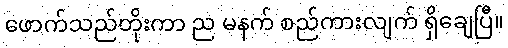
ဖောက်သည်တိုးကာ ည မနက် စည်ကားလျက် ရှိချေပြီ။